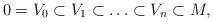
LaTeX: \begin{align*} 0=V_0\subset V_1\subset\ldots\subset V_n\subset M, \end{align*}